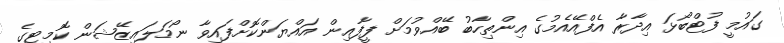
ގައުމީ ފުޓްބޯޅަ އިދާރާ އެފްއޭއެމުގެ އިންތިހާބު ބޭއްވުމަށް ފީފާއިން އައްޔަންކޮށްފައިވާ ނޯމަލައިޒޭޝަން ކޮމިޓީގެ